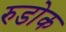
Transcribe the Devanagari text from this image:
रुडोक